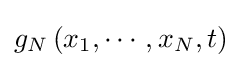
g_{N}\left(x_{1},\cdots ,x_{N},t\right)